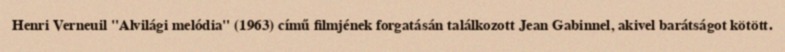
Henri Verneuil "Alvilági melódia" (1963) című filmjének forgatásán találkozott Jean Gabinnel, akivel barátságot kötött.